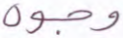
وجوه